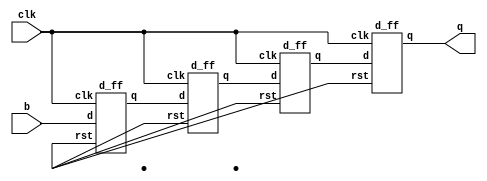
`timescale 1ns / 1ps
//////////////////////////////////////////////////////////////////////////////////
// Company: 
// Engineer: 
// 
// Design Name: 
// Module Name: 
// Project Name: 
// Target Devices: 
// Tool Versions: 
// Description: 
// 
// Dependencies: 
// 
// Revision:
// Revision 0.01 - File Created
// Additional Comments:
// 
//////////////////////////////////////////////////////////////////////////////////

module siso_design(input clk,b,output q);
wire w1,w2,w3;

d_ff dut1(.clk(clk),.d(b),.q(w1),.rst());
d_ff dut2(.clk(clk),.d(w1),.q(w2),.rst());
d_ff dut3(.clk(clk),.d(w2),.q(w3),.rst());
d_ff dut4(.clk(clk),.d(w3),.q(q),.rst());

endmodule

// d flip flop
module d_ff (
  input clk,    
  input d,      
  input rst,    
  output reg q);

  always @(posedge clk) 
  begin
    if (rst)
      q <= 1'b0;
    else
      q <= d;
  end

endmodule